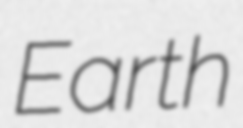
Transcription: Earth